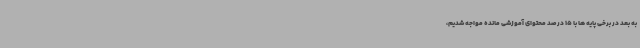
به بعد در برخی پایه ها با 15 درصد محتوای آموزشی مانده مواجه شدیم،